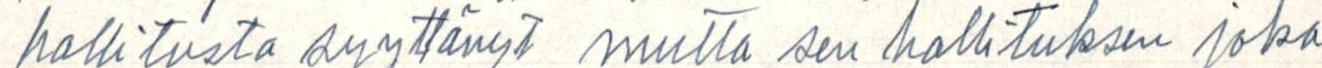
hallitusta syyttänyt mutta sen hallituksen joka